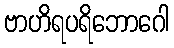
ဗာဟိရပရိဘောဂေါ